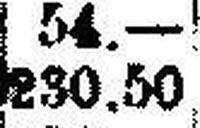
230.50